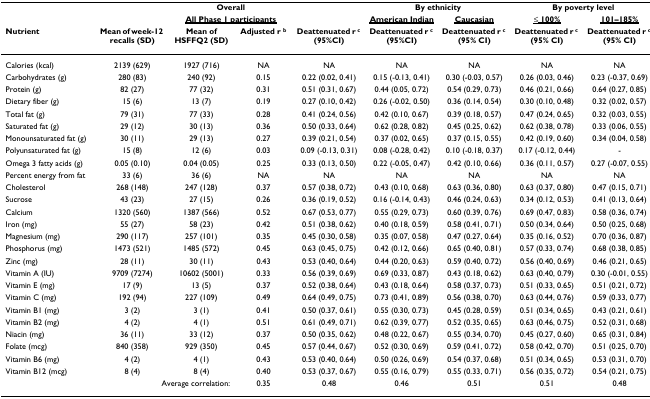
<table><thead><tr><td></td><td colspan="4"><b>Overall</b></td><td colspan="2"><b>By ethnicity</b></td><td colspan="2"><b>By poverty level</b></td></tr><tr><td></td><td colspan="4"><b><underline>All Phase 1 participants</underline></b></td><td><b><underline>American Indian</underline></b></td><td><b><underline>Caucasian</underline></b></td><td><b><underline>≤ 100%</underline></b></td><td><b><underline>101–185%</underline></b></td></tr><tr><td><b>Nutrient</b></td><td><b>Mean of week-12 recalls (SD)</b></td><td><b>Mean of HSFFQ2 (SD)</b></td><td><b>Adjusted r <sup>b</sup></b></td><td><b>Deattenuated r <sup>c </sup>(95%CI)</b></td><td><b>Deattenuated r <sup>c </sup>(95%CI)</b></td><td><b>Deattenuated r <sup>c </sup>(95% CI)</b></td><td><b>Deattenuated r <sup>c </sup>(95% CI)</b></td><td><b>Deattenuated r <sup>c </sup>(95% CI)</b></td></tr></thead><tbody><tr><td>Calories (kcal)</td><td>2139 (629)</td><td>1927 (716)</td><td>NA</td><td>NA</td><td>NA</td><td>NA</td><td>NA</td><td>NA</td></tr><tr><td>Carbohydrates (g)</td><td>280 (83)</td><td>240 (92)</td><td>0.15</td><td>0.22 (0.02, 0.41)</td><td>0.15 (-0.13, 0.41)</td><td>0.30 (-0.03, 0.57)</td><td>0.26 (0.03, 0.46)</td><td>0.23 (-0.37, 0.69)</td></tr><tr><td>Protein (g)</td><td>82 (27)</td><td>77 (32)</td><td>0.31</td><td>0.51 (0.31, 0.67)</td><td>0.44 (0.05, 0.72)</td><td>0.54 (0.29, 0.73)</td><td>0.46 (0.21, 0.66)</td><td>0.64 (0.27, 0.85)</td></tr><tr><td>Dietary fiber (g)</td><td>15 (6)</td><td>13 (7)</td><td>0.19</td><td>0.27 (0.10, 0.42)</td><td>0.26 (-0.02, 0.50)</td><td>0.36 (0.14, 0.54)</td><td>0.30 (0.10, 0.48)</td><td>0.32 (0.02, 0.57)</td></tr><tr><td>Total fat (g)</td><td>79 (31)</td><td>77 (33)</td><td>0.28</td><td>0.41 (0.24, 0.56)</td><td>0.42 (0.10, 0.67)</td><td>0.39 (0.18, 0.57)</td><td>0.47 (0.24, 0.65)</td><td>0.32 (0.03, 0.55)</td></tr><tr><td>Saturated fat (g)</td><td>29 (12)</td><td>30 (13)</td><td>0.36</td><td>0.50 (0.33, 0.64)</td><td>0.62 (0.28, 0.82)</td><td>0.45 (0.25, 0.62)</td><td>0.62 (0.38, 0.78)</td><td>0.33 (0.06, 0.55)</td></tr><tr><td>Monounsaturated fat (g)</td><td>30 (11)</td><td>29 (13)</td><td>0.27</td><td>0.39 (0.21, 0.54)</td><td>0.37 (0.02, 0.65)</td><td>0.37 (0.15, 0.55)</td><td>0.42 (0.19, 0.60)</td><td>0.34 (0.04, 0.58)</td></tr><tr><td>Polyunsaturated fat (g)</td><td>15 (8)</td><td>12 (6)</td><td>0.03</td><td>0.09 (-0.13, 0.31)</td><td>0.08 (-0.28, 0.42)</td><td>0.10 (-0.18, 0.37)</td><td>0.17 (-0.12, 0.44)</td><td>-</td></tr><tr><td>Omega 3 fatty acids (g)</td><td>0.05 (0.10)</td><td>0.04 (0.05)</td><td>0.25</td><td>0.33 (0.13, 0.50)</td><td>0.22 (-0.05, 0.47)</td><td>0.42 (0.10, 0.66)</td><td>0.36 (0.11, 0.57)</td><td>0.27 (-0.07, 0.55)</td></tr><tr><td>Percent energy from fat</td><td>33 (6)</td><td>36 (6)</td><td>NA</td><td>NA</td><td>NA</td><td>NA</td><td>NA</td><td>NA</td></tr><tr><td>Cholesterol</td><td>268 (148)</td><td>247 (128)</td><td>0.37</td><td>0.57 (0.38, 0.72)</td><td>0.43 (0.10, 0.68)</td><td>0.63 (0.36, 0.80)</td><td>0.63 (0.37, 0.80)</td><td>0.47 (0.15, 0.71)</td></tr><tr><td>Sucrose</td><td>43 (23)</td><td>27 (15)</td><td>0.26</td><td>0.36 (0.19, 0.52)</td><td>0.16 (-0.14, 0.43)</td><td>0.46 (0.24, 0.63)</td><td>0.34 (0.12, 0.53)</td><td>0.41 (0.13, 0.64)</td></tr><tr><td>Calcium</td><td>1320 (560)</td><td>1387 (566)</td><td>0.52</td><td>0.67 (0.53, 0.77)</td><td>0.55 (0.29, 0.73)</td><td>0.60 (0.39, 0.76)</td><td>0.69 (0.47, 0.83)</td><td>0.58 (0.36, 0.74)</td></tr><tr><td>Iron (mg)</td><td>55 (27)</td><td>58 (23)</td><td>0.42</td><td>0.51 (0.38, 0.62)</td><td>0.40 (0.18, 0.59)</td><td>0.58 (0.41, 0.71)</td><td>0.50 (0.34, 0.64)</td><td>0.50 (0.25, 0.68)</td></tr><tr><td>Magnesium (mg)</td><td>290 (117)</td><td>257 (101)</td><td>0.35</td><td>0.45 (0.30, 0.58)</td><td>0.35 (0.07, 0.58)</td><td>0.47 (0.27, 0.64)</td><td>0.35 (0.16, 0.52)</td><td>0.70 (0.36, 0.87)</td></tr><tr><td>Phosphorus (mg)</td><td>1473 (521)</td><td>1485 (572)</td><td>0.45</td><td>0.63 (0.45, 0.75)</td><td>0.42 (0.12, 0.66)</td><td>0.65 (0.40, 0.81)</td><td>0.57 (0.33, 0.74)</td><td>0.68 (0.38, 0.85)</td></tr><tr><td>Zinc (mg)</td><td>28 (11)</td><td>30 (11)</td><td>0.43</td><td>0.53 (0.40, 0.64)</td><td>0.44 (0.20, 0.63)</td><td>0.59 (0.40, 0.72)</td><td>0.56 (0.40, 0.69)</td><td>0.46 (0.21, 0.65)</td></tr><tr><td>Vitamin A (IU)</td><td>9709 (7274)</td><td>10602 (5001)</td><td>0.33</td><td>0.56 (0.39, 0.69)</td><td>0.69 (0.33, 0.87)</td><td>0.43 (0.18, 0.62)</td><td>0.63 (0.40, 0.79)</td><td>0.30 (-0.01, 0.55)</td></tr><tr><td>Vitamin E (mg)</td><td>17 (9)</td><td>13 (5)</td><td>0.37</td><td>0.52 (0.38, 0.64)</td><td>0.43 (0.18, 0.64)</td><td>0.58 (0.37, 0.73)</td><td>0.51 (0.33, 0.65)</td><td>0.51 (0.21, 0.72)</td></tr><tr><td>Vitamin C (mg)</td><td>192 (94)</td><td>227 (109)</td><td>0.49</td><td>0.64 (0.49, 0.75)</td><td>0.73 (0.41, 0.89)</td><td>0.56 (0.38, 0.70)</td><td>0.63 (0.44, 0.76)</td><td>0.59 (0.33, 0.77)</td></tr><tr><td>Vitamin B1 (mg)</td><td>3 (2)</td><td>3 (1)</td><td>0.41</td><td>0.50 (0.37, 0.61)</td><td>0.55 (0.30, 0.73)</td><td>0.45 (0.28, 0.59)</td><td>0.51 (0.34, 0.65)</td><td>0.43 (0.21, 0.61)</td></tr><tr><td>Vitamin B2 (mg)</td><td>4 (2)</td><td>4 (1)</td><td>0.51</td><td>0.61 (0.49, 0.71)</td><td>0.62 (0.39, 0.77)</td><td>0.52 (0.35, 0.65)</td><td>0.63 (0.46, 0.75)</td><td>0.52 (0.31, 0.68)</td></tr><tr><td>Niacin (mg)</td><td>36 (11)</td><td>33 (12)</td><td>0.37</td><td>0.50 (0.35, 0.62)</td><td>0.48 (0.22, 0.67)</td><td>0.55 (0.34, 0.70)</td><td>0.45 (0.27, 0.60)</td><td>0.65 (0.31, 0.84)</td></tr><tr><td>Folate (mcg)</td><td>840 (358)</td><td>929 (350)</td><td>0.45</td><td>0.57 (0.44, 0.67)</td><td>0.52 (0.30, 0.69)</td><td>0.59 (0.41, 0.72)</td><td>0.58 (0.42, 0.70)</td><td>0.51 (0.25, 0.70)</td></tr><tr><td>Vitamin B6 (mg)</td><td>4 (2)</td><td>4 (1)</td><td>0.43</td><td>0.53 (0.40, 0.64)</td><td>0.50 (0.26, 0.69)</td><td>0.54 (0.37, 0.68)</td><td>0.51 (0.34, 0.65)</td><td>0.53 (0.31, 0.70)</td></tr><tr><td>Vitamin B12 (mcg)</td><td>8 (4)</td><td>8 (4)</td><td>0.40</td><td>0.53 (0.37, 0.67)</td><td>0.55 (0.16, 0.79)</td><td>0.55 (0.33, 0.71)</td><td>0.56 (0.35, 0.72)</td><td>0.54 (0.21, 0.75)</td></tr><tr><td></td><td colspan="2">Average correlation:</td><td>0.35</td><td>0.48</td><td>0.46</td><td>0.51</td><td>0.51</td><td>0.48</td></tr></tbody></table>